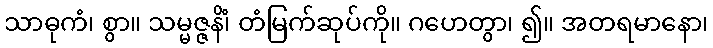
သာဓုကံ၊ စွာ။ သမ္မဇ္ဇနိံ၊ တံမြက်ဆုပ်ကို။ ဂဟေတွာ၊ ၍။ အတရမာနော၊